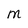
Character: m